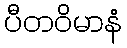
ပီတဝိမာနံ